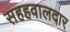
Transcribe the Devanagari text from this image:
सहहवालदार